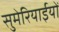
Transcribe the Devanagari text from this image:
सुमेरियाईयों